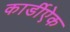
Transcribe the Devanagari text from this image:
कार्डीऐक